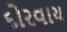
દોરવાય